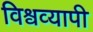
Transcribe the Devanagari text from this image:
विश्वव्‍यापी